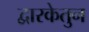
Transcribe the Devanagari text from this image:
द्वारकेतुन